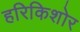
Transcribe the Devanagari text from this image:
हरिकिशोर